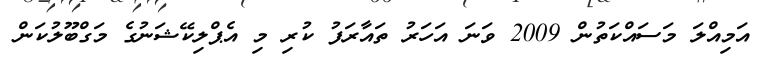
އަމިއްލަ މަސައްކަތުން 2009 ވަނަ އަހަރު ތައާރަފު ކުރި މި އެޕްލިކޭޝަނުގެ މަގްބޫލުކަން